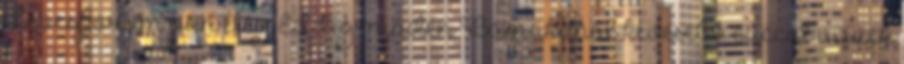
Levesporom van elég. Eddig minden Bamakonál kevesebb cuccot viszek